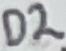
Text: D2